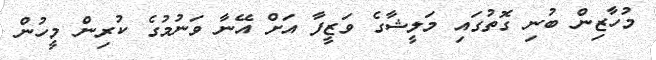
މުހާޒިން ބުނި ގޮތުގައި މަލީޝާގެ ވަޒީފާ އަށް އޭނާ ވަނުމުގެ ކުރިން މީހުން